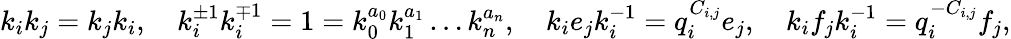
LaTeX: k_{i}k_{j}=k_{j}k_{i},\quad k_{i}^{\pm 1}k_{i}^{\mp 1}=1=k_{0}^{a_{0}}k_{1}^{a_{1}}\dots k_{n}^{a_{n}},\quad k_{i}e_{j}k_{i}^{-1}=q_{i}^{C_{i,j}}e_{j},\quad k_{i}f_{j}k_{i}^{-1}=q_{i}^{-C_{i,j}}f_{j},